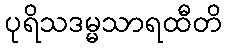
ပုရိသဒမ္မသာရထီတိ